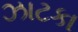
ઝાટકા